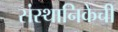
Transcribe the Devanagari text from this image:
संस्थानिकेची